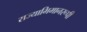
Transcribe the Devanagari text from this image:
राज्याभिमानरूपी